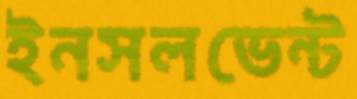
ইনসলভেন্ট